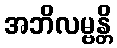
အဘိလမ္ဗန္တိ